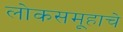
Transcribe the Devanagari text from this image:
लोकसमूहाचे